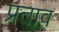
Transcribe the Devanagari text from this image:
प्रताव